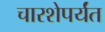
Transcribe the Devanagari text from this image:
चारशेपर्यंत